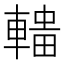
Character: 𰹟